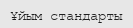
Ұйым стандарты